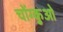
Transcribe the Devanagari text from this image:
चोंग्कुओ